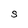
Character: S